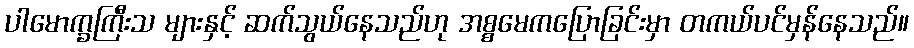
ပါမောက္ခကြီးသ များနှင့် ဆက်သွယ်နေသည်ဟု အစ္စမေကပြောခြင်းမှာ တကယ်ပင်မှန်နေသည်။